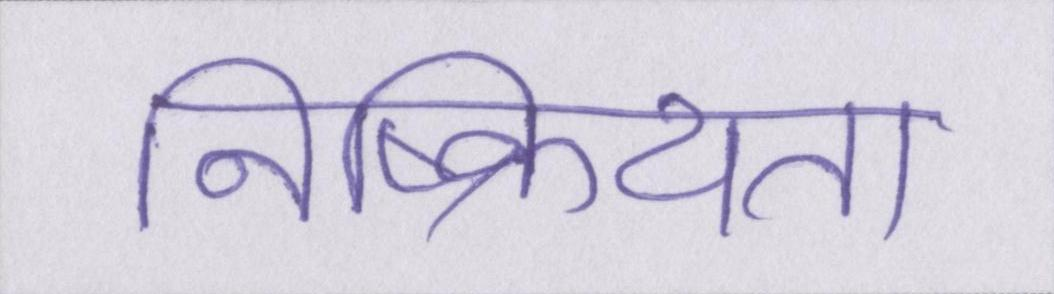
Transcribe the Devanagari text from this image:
निष्क्रियता